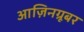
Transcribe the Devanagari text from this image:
आज़िनग्रूबर